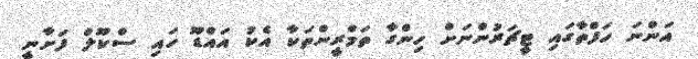
އަންނަ ހަފްތާގައި ޓީޗަރުންނަށް ހިންގާ ތަމްރީންތަކާ އެކު އައްޑޫ ހައި ސްކޫލް ފަށާނީ